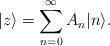
LaTeX: \begin{align*}|z\rangle=\sum_{n=0}^{\infty}A_{n}|n\rangle.\end{align*}